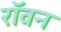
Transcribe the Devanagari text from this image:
रॉवन